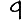
Digit: 9